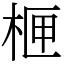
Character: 㭱